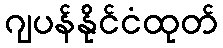
ဂျပန်နိုင်ငံထုတ်